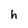
Character: h